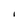
Character: I